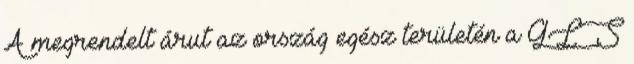
A megrendelt árut az ország egész területén a GLS